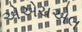
એએચએલ